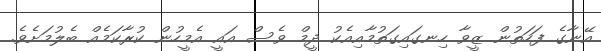
އޭނާގެ ފަހަތުން ޒީވާ ހިނގައިގަތުމާއިއެކު ދީމް ވެސް އައީ އެމީހުން ކުރާކަމެއް ބެލުމަށެވެ.